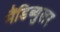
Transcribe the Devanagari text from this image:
मैंडिब्युलर